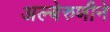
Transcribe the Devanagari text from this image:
अल्बेरुणीने